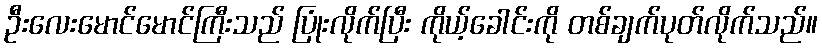
ဦးလေးမောင်မောင်ကြီးသည် ပြုံးလိုက်ပြီး ကိုယ့်ခေါင်းကို တစ်ချက်ပုတ်လိုက်သည်။